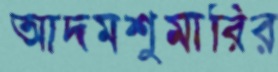
আদমশুমারির